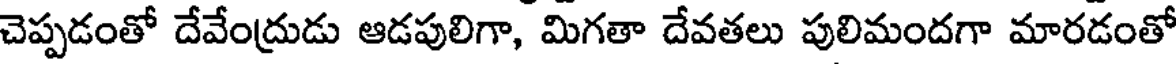
చెప్పడంతో దేవేంద్రుడు ఆడపులిగా, మిగతా దేవతలు పులిమందగా మారడంతో